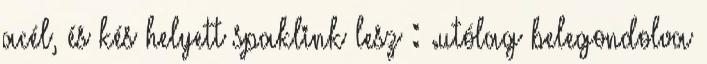
acél, és kés helyett spaklink lesz : .utólag belegondolva